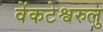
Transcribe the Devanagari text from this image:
वेंकटेश्वरुलु